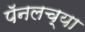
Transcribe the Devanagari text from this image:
पॅनलच्या